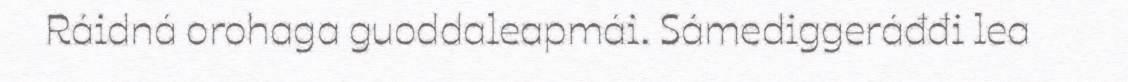
Ráidná orohaga guoddaleapmái. Sámediggeráđđi lea